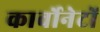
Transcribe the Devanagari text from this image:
कार्वोनेटों